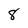
Character: 8